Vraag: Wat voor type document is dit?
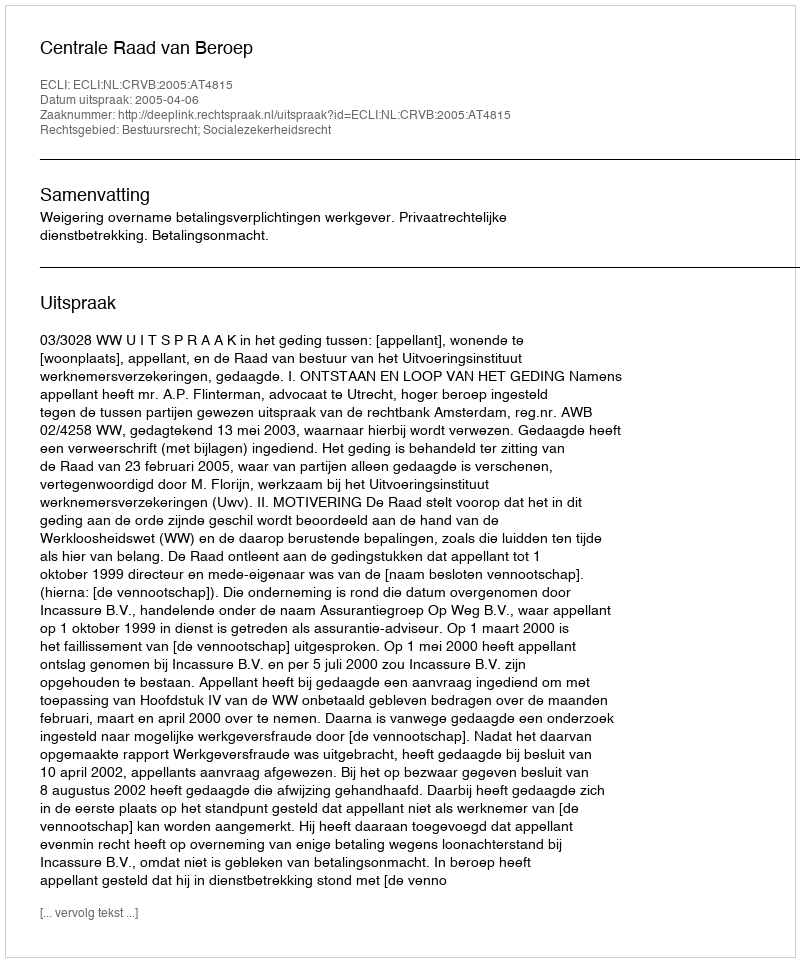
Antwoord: Uitspraak